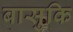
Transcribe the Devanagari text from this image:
बासुकि